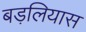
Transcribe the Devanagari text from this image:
बड़लियास